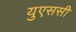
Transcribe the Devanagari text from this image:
युएससी